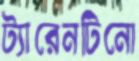
ট্যারেনটিনো